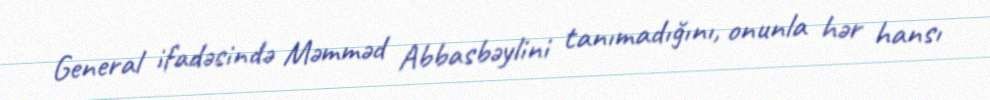
General ifadəsində Məmməd Abbasbəylini tanımadığını, onunla hər hansı